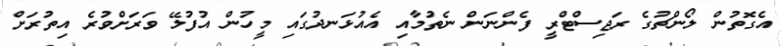
އެގޮތުން ލޯންޗުގެ ރަޖިސްޓްރީ ފެންނަން ނެތުމާއި އެއުޅަނދުގައި މީހުން އުފުލޭ ވަރަށްވުރެ އިތުރަށް